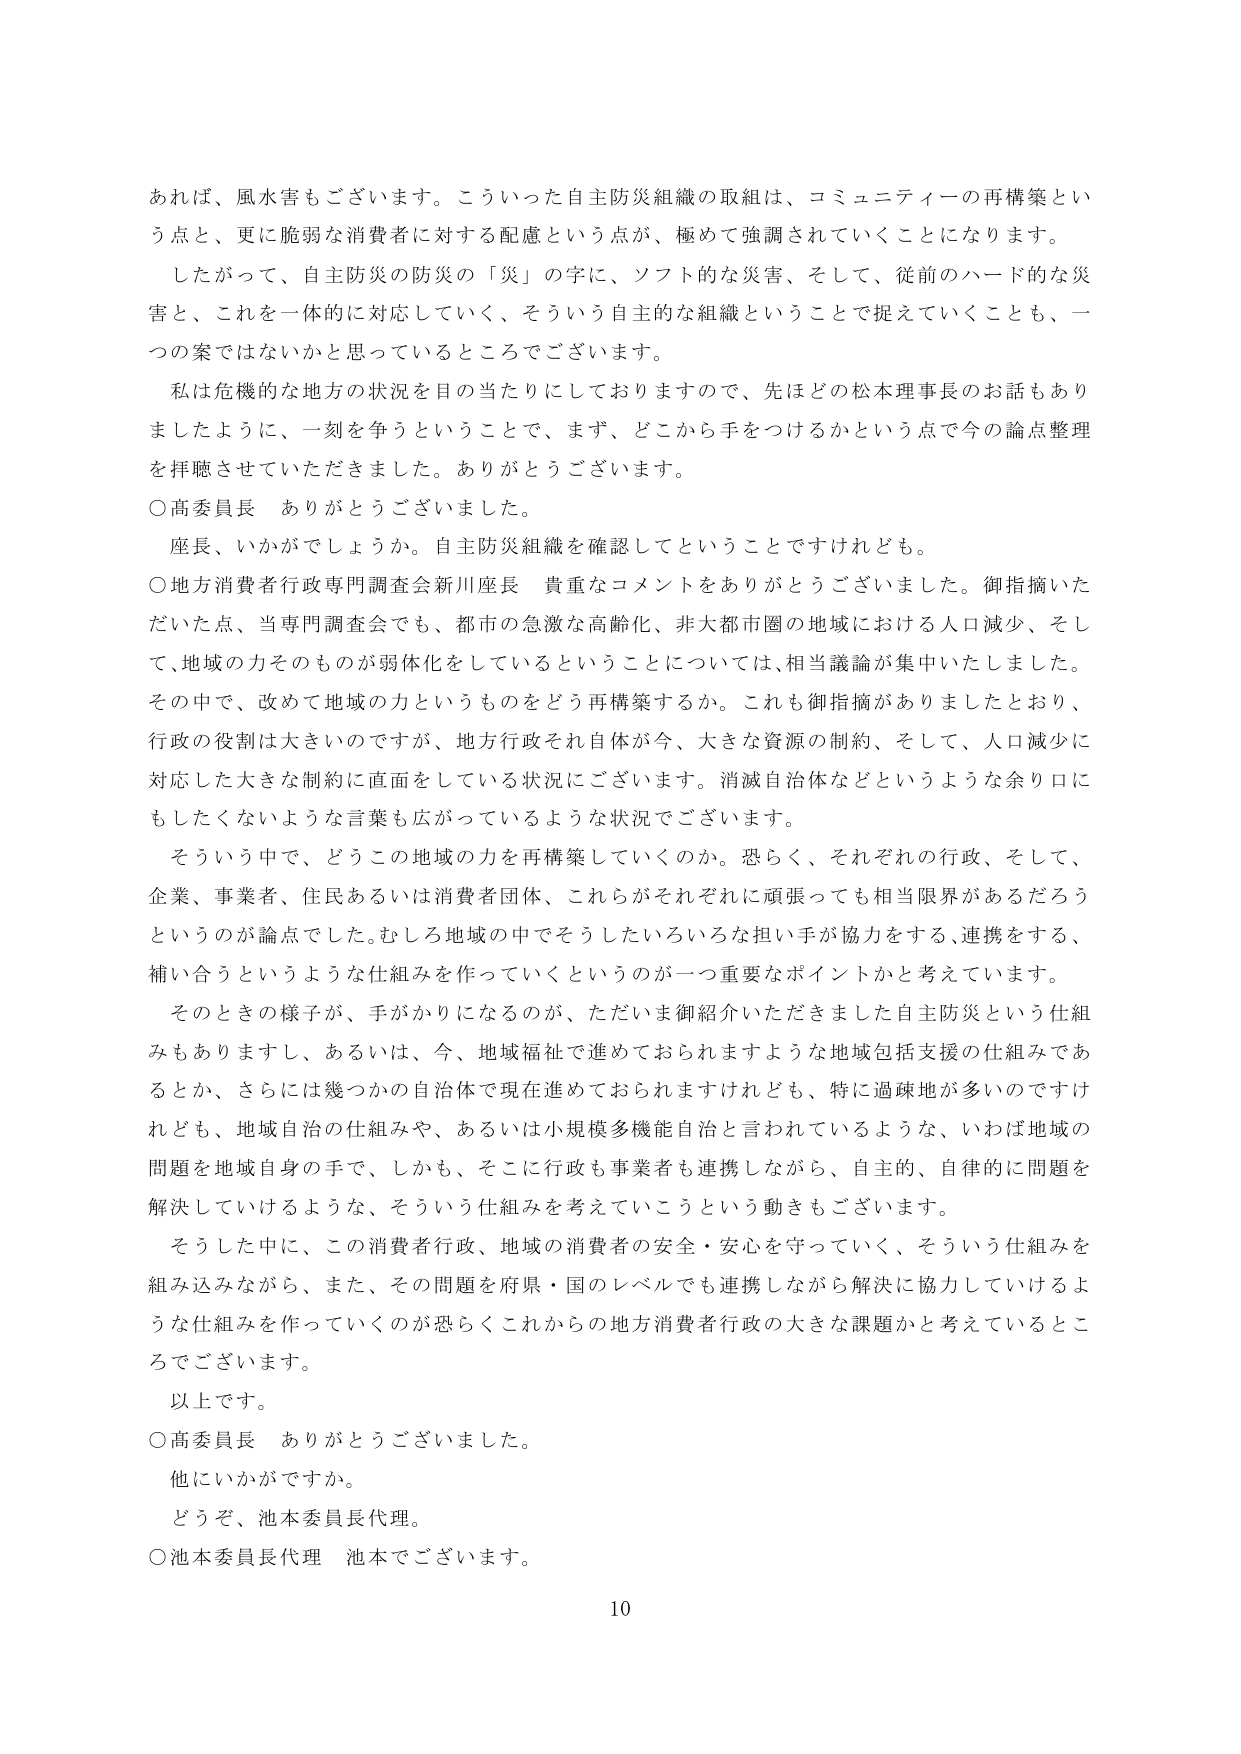
あれば、風水害もございます。こういった自主防災組織の取組は、コミュニティーの再構築という点と、更に脆弱な消費者に対する配慮という点が、極めて強調されていくことになります。

したがって、自主防災の防災の「災」の字に、ソフト的な災害、そして、従前のハード的な災害と、これを一体的に対応していく、そういう自主的な組織ということで捉えていくことも、一つの案ではないかと思っているところでございます。

私は危機的な地方の状況を目の当たりにしておりますので、先ほどの松本理事長のお話もありましたように、一刻を争うということで、まず、どこから手をつけるかという点で今の論点整理を拝聴させていただきました。ありがとうございます。

○高委員長　ありがとうございました。

座長、いかがでしょうか。自主防災組織を確認してということですけれども。

○地方消費者行政専門調査会新川座長　貴重なコメントをありがとうございました。御指摘いただいた点、当専門調査会でも、都市の急激な高齢化、非大都市圏の地域における人口減少、そして、地域の力そのものが弱体化をしているということについては、相当議論が集中いたしました。その中で、改めて地域の力というものをどう再構築するか。これも御指摘がありましたとおり、行政の役割は大きいのですが、地方行政それ自体が今、大きな資源の制約、そして、人口減少に対応した大きな制約に直面をしている状況にございます。消滅自治体などというような余り口にもしたくないような言葉も広がっているような状況でございます。

そういう中で、どうこの地域の力を再構築していくのか。恐らく、それぞれの行政、そして、企業、事業者、住民あるいは消費者団体、これらがそれぞれに頑張っても相当限界があるだろうというのが論点でした。むしろ地域の中でそうしたいろいろな担い手が協力をする、連携をする、補い合うというような仕組みを作っていくというのが一つ重要なポイントかと考えています。

そのときの様子が、手がかりになるのが、ただいま御紹介いただきました自主防災という仕組みもありますし、あるいは、今、地域福祉で進めておられますような地域包括支援の仕組みであるとか、さらには幾つかの自治体で現在進めておられますけれども、特に過疎地が多いのですけれども、地域自治の仕組みや、あるいは小規模多機能自治と言われているような、いわば地域の問題を地域自身の手で、しかも、そこに行政も事業者も連携しながら、自主的、自律的に問題を解決していけるような、そういう仕組みを考えていこうという動きもございます。

そうした中に、この消費者行政、地域の消費者の安全・安心を守っていく、そういう仕組みを組み込みながら、また、その問題を府県・国のレベルでも連携しながら解決に協力していけるような仕組みを作っていくのが恐らくこれからの地方消費者行政の大きな課題かと考えているところでございます。

以上です。

○高委員長　ありがとうございました。

他にいかがですか。

どうぞ、池本委員長代理。

○池本委員長代理　池本でございます。

10